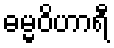
ဓမ္မဝိဟာရီ